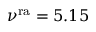
\nu ^ { \mathrm { r a } } = 5 . 1 5